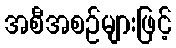
အစီအစဉ်များဖြင့်